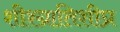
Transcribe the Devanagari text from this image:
शीश्ग्रातिशीघ्र